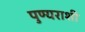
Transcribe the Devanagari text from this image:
पुण्यराशी